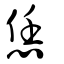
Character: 恁